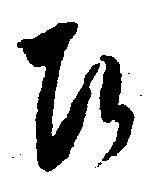
ひ